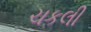
ચકલી